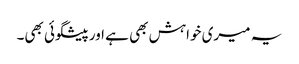
یہ میری خواہش بھی ہے اور پیشگوئی بھی۔